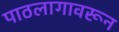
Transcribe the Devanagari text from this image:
पाठलागावरून